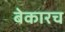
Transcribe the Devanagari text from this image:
बेकारच